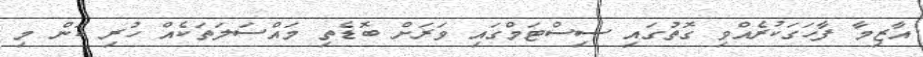
އާޒިމާ ފާހަގަކުރެއްވި ގޮތުގައި ސިސްޓަމްގައި ވަރަށް ބޮޑެތި މައްސަލަތަކެއް ހުރި ކަން މި